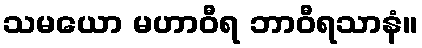
သမယော မဟာဝီရ ဘာဝီရသာနံ။